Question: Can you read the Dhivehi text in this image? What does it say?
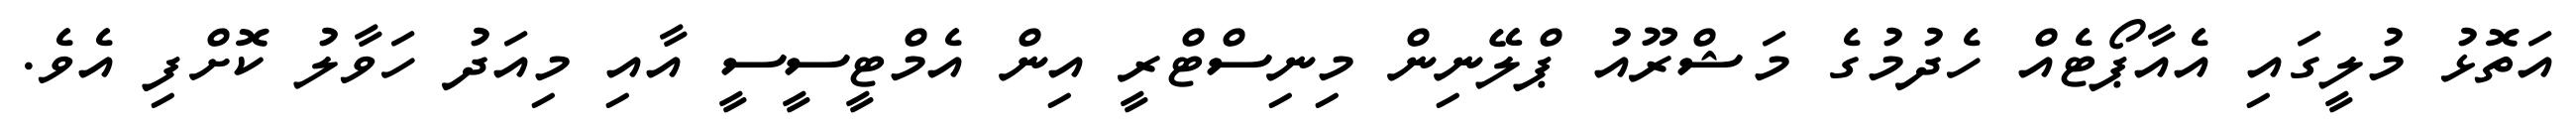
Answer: އަތޮޅު މުލީގައި އެއާޕޯޓެއް ހެދުމުގެ މަޝްރޫއު ޕްލޭނިން މިނިސްޓްރީ އިން އެމްޓީސީސީ އާއި މިއަދު ހަވާލު ކޮށްފި އެވެ.